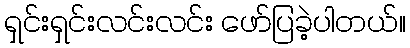
ရှင်းရှင်းလင်းလင်း ဖော်ပြခဲ့ပါတယ်။